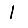
Digit: 1